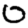
Digit: 0